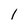
Character: 1